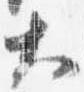
大